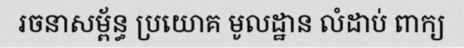
រចនាសម្ព័ន្ធ ប្រយោគ មូលដ្ឋាន លំដាប់ ពាក្យ